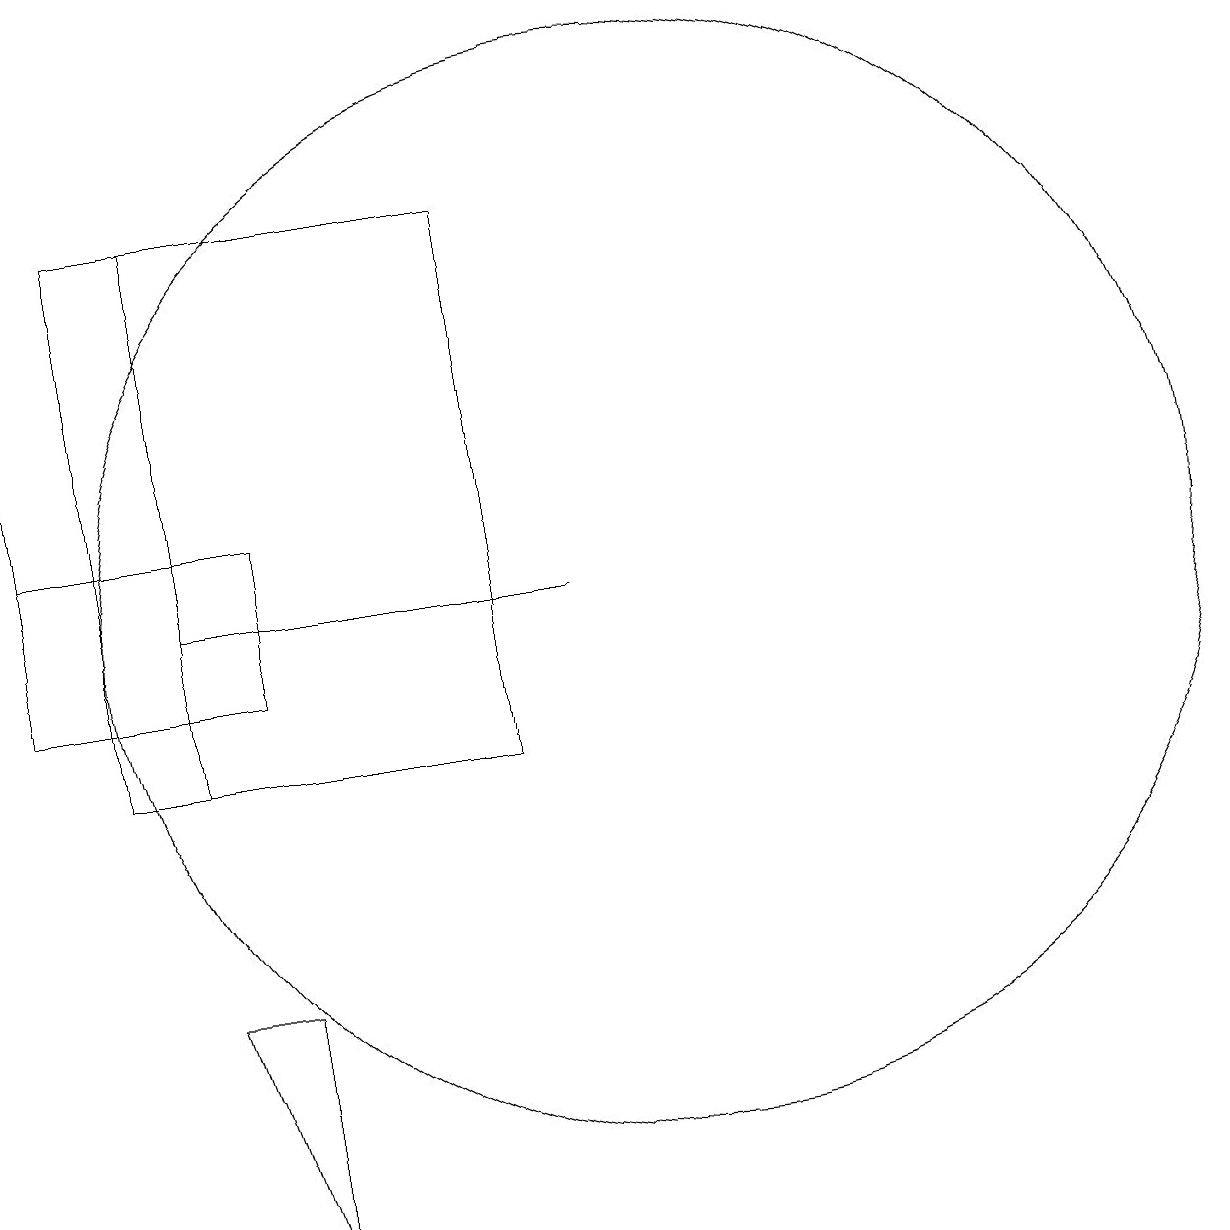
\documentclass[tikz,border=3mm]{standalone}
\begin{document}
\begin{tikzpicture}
\draw (4,12) rectangle (9,12);
\draw (10,12) circle (7);
\draw (2,11) rectangle (2,18);
\draw (5,7) -- (4,7) -- (5,4) -- cycle;
\draw (4,10) rectangle (4,17);
\draw (8,17) rectangle (3,10);
\draw (2,13) rectangle (5,11);
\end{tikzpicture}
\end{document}